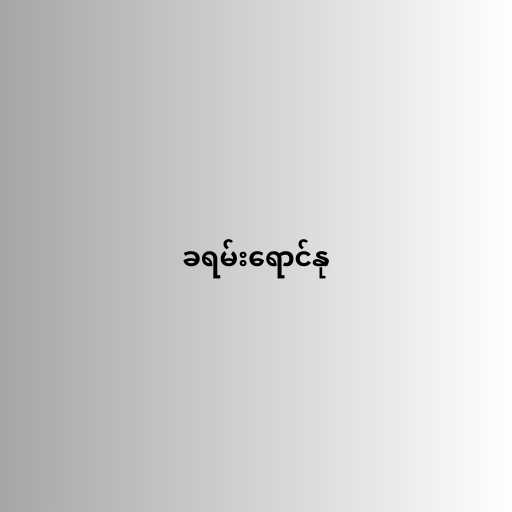
ခရမ်းရောင်နု